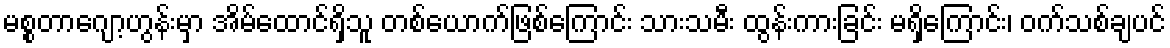
မစ္စတာဂျော့ဟွန်းမှာ အိမ်ထောင်ရှိသူ တစ်ယောက်ဖြစ်ကြောင်း သားသမီး ထွန်းကားခြင်း မရှိကြောင်း၊ ဝက်သစ်ချပင်